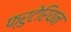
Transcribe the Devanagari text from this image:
फ्रुटेरियन